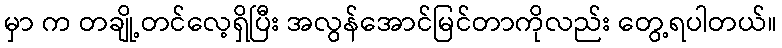
မှာ က တချို့တင်လေ့ရှိပြီး အလွန်အောင်မြင်တာကိုလည်း တွေ့ရပါတယ်။